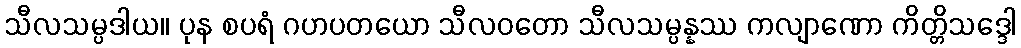
သီလသမ္ပဒါယ။ ပုန စပရံ ဂဟပတယော သီလဝတော သီလသမ္ပန္နဿ ကလျာဏော ကိတ္တိသဒ္ဒေါ